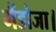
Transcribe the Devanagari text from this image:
मैंडोजा।